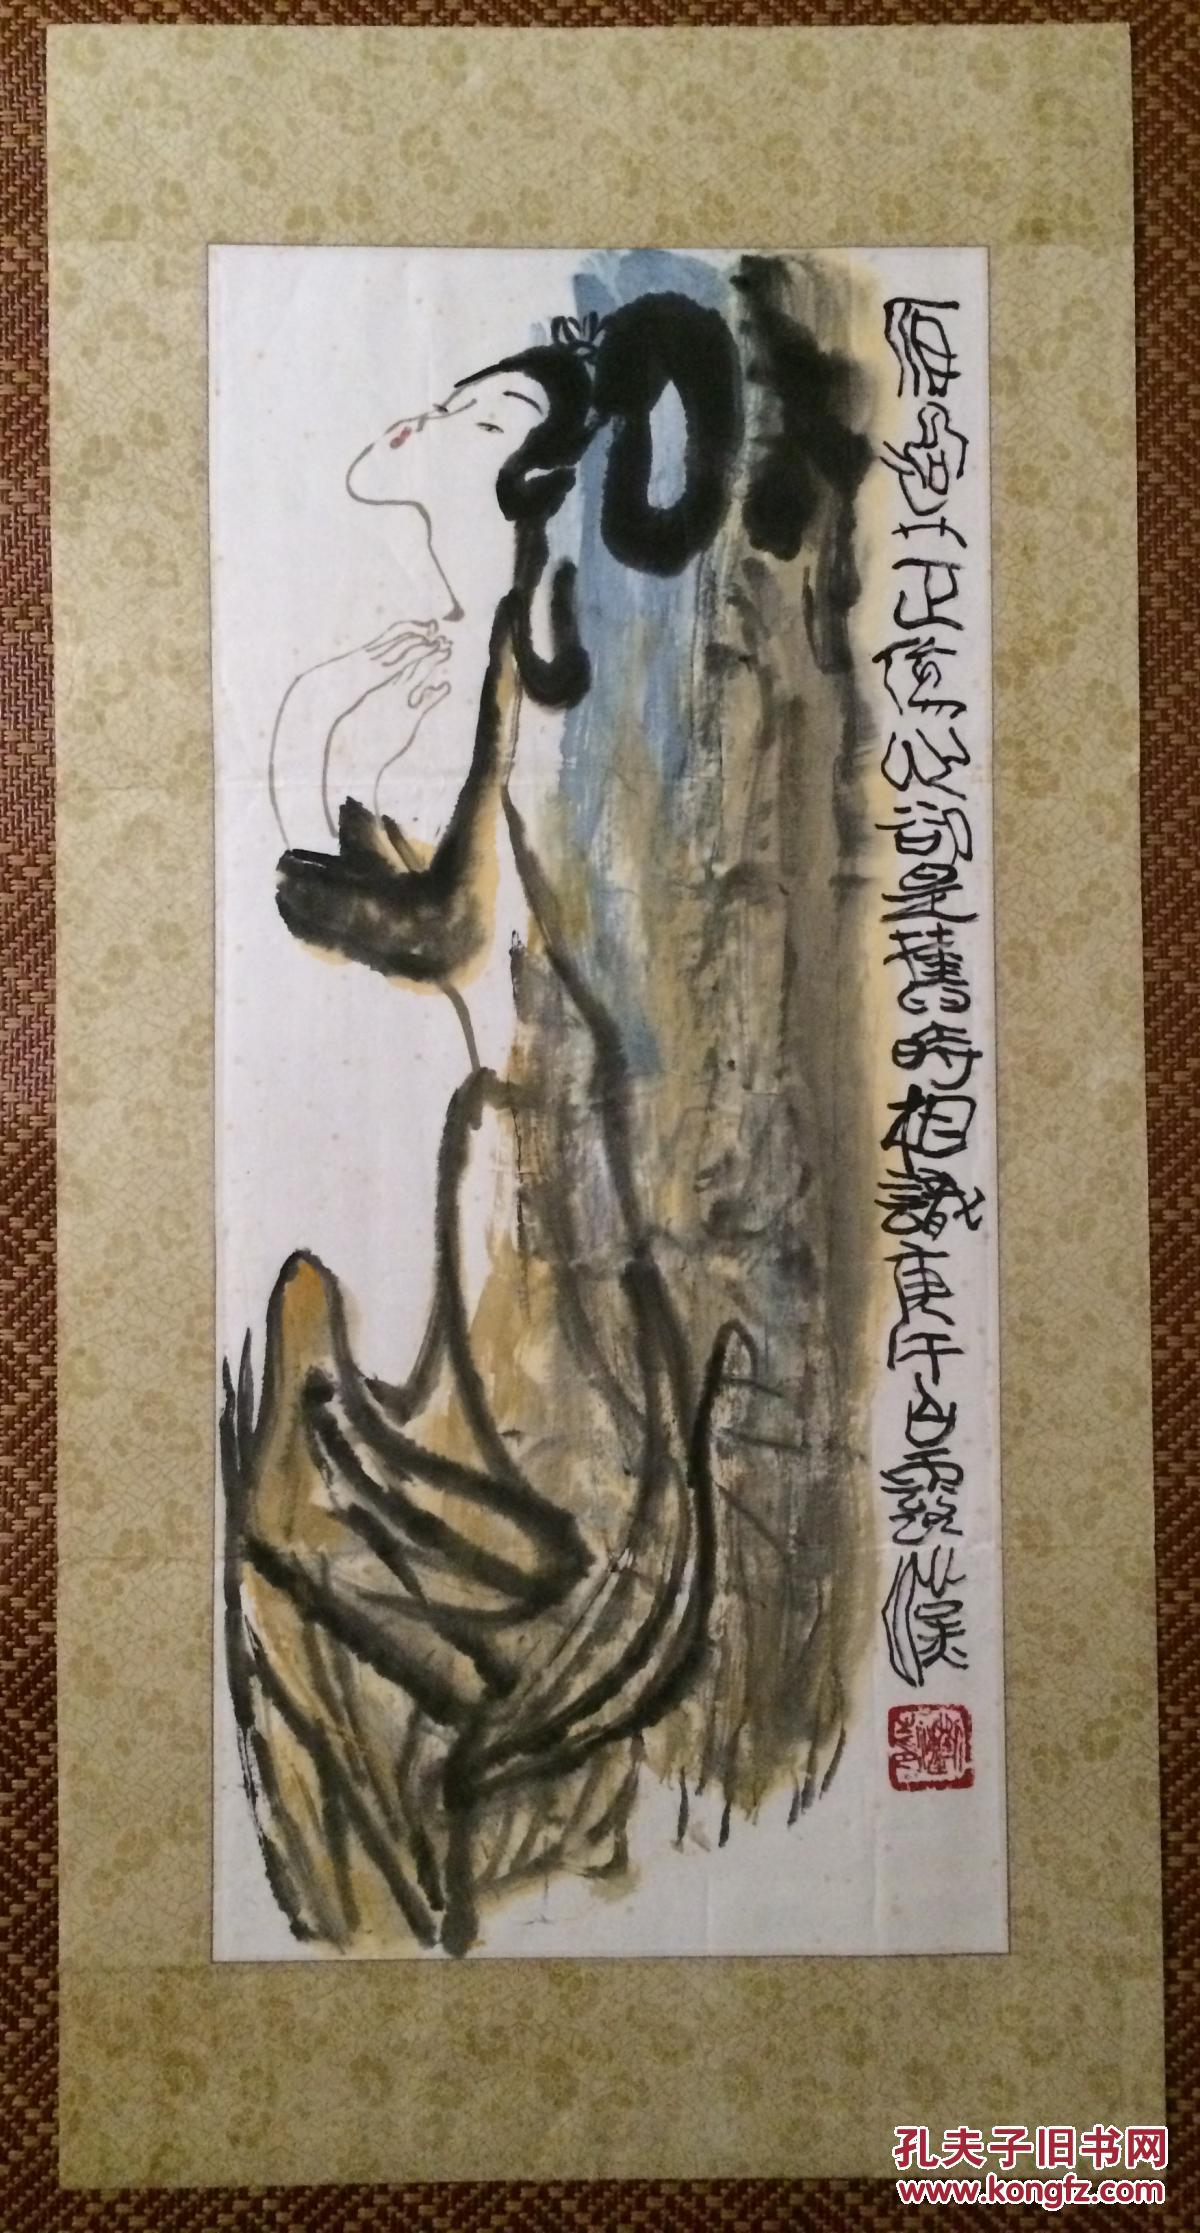
雁过也，正伤心，却是旧时相识。